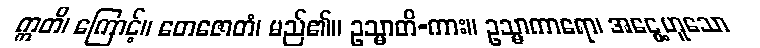
ဣတိ၊ ကြောင့်။ တေဇောတံ၊ မည်၏။ ဥသ္မာတိ-ကား။ ဥသ္မာကာရော၊ အငွေ့ဟူသော